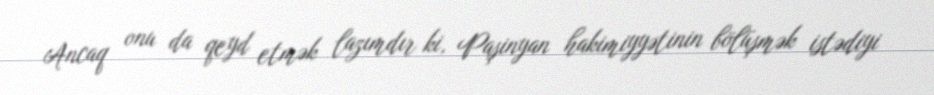
Ancaq onu da qeyd etmək lazımdır ki, Paşinyan hakimiyyətinin bölüşmək istədiyi